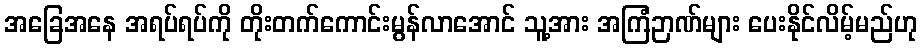
အခြေအနေ အရပ်ရပ်ကို တိုးတက်ကောင်းမွန်လာအောင် သူ့အား အကြံဉာဏ်များ ပေးနိုင်လိမ့်မည်ဟု